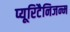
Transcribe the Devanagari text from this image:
प्यूरिटैनिजन्म